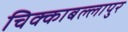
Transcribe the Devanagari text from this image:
चिक्काबल्लापुर